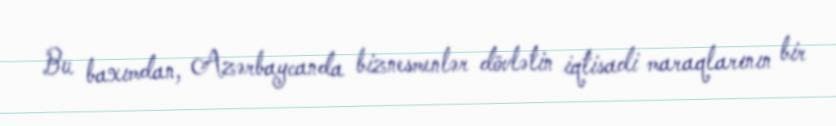
Bu baxımdan, Azərbaycanda biznesmenlər dövlətin iqtisadi maraqlarının bir